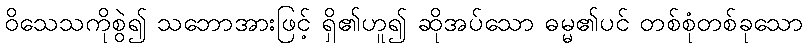
ဝိသေသကိုစွဲ၍ သဘောအားဖြင့် ရှိ၏ဟူ၍ ဆိုအပ်သော ဓမ္မ၏ပင် တစ်စုံတစ်ခုသော